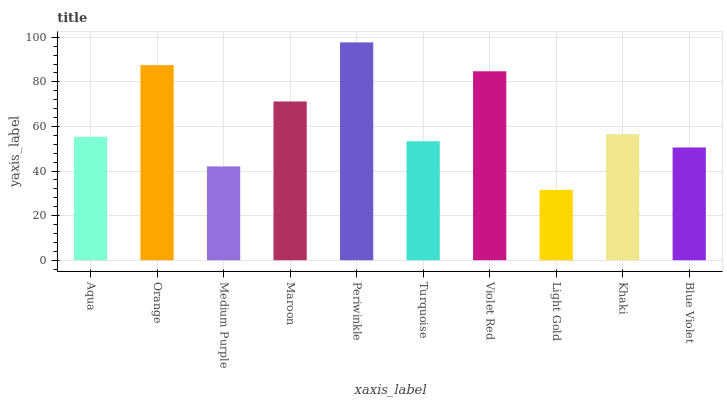
| xaxis_label | bars |
 | --- | --- |
 | Aqua | 55.4 |
 | Orange | 87.5 |
 | Medium Purple | 42.1 |
 | Maroon | 71.2 |
 | Periwinkle | 97.7 |
 | Turquoise | 53.4 |
 | Violet Red | 84.8 |
 | Light Gold | 31.6 |
 | Khaki | 56.5 |
 | Blue Violet | 50.6 |